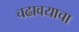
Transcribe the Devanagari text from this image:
चढावयाचा